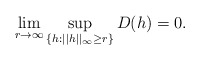
\begin{align*}\lim_{r \rightarrow \infty}\sup_{\{h: ||h||_{\infty} \ge r\}} D(h)=0. \end{align*}